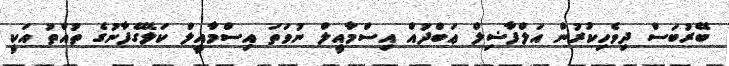
ބޭރުބަސް ދިވެހިކުރުން އަލްފާޟިލް ޢަބްދުއް އިސްމާއީލް ނުވަތަ އިސްމާއީލް ކަލޭގެފާނުގެ ތުއްތު އަކީ